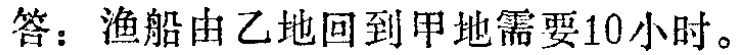
答：渔船由乙地回到甲地需要10小时。